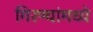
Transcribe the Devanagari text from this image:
गिरण्यांमध्ये